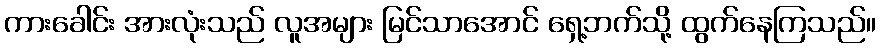
ကားခေါင်း အားလုံးသည် လူအများ မြင်သာအောင် ရှေ့ဘက်သို့ ထွက်နေကြသည်။